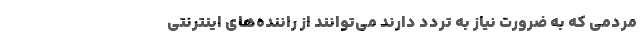
مردمی که به ضرورت نیاز به تردد دارند می‌توانند از راننده‌های اینترنتی